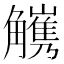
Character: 𧥅